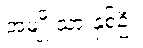
အမျိုးသားနှစ်ဦး